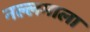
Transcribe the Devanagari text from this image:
नल्लमाला